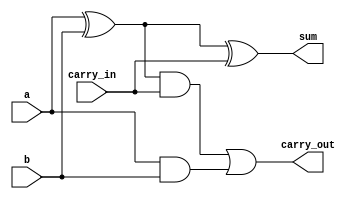
module full_adder_dataflow(
    input a,     // always wire
    input b,
	input carry_in,
    output sum,  // default wire but can be changed to reg
    output carry_out
    );
  
    // Declare nets to connect the half adders
    wire sum1;
    wire and1;
    wire and2;	
	
	// Implement the circuit using Dataflow style
    assign sum1 = a ^ b;
    assign and1 = sum1 & carry_in;
    assign and2 = a & b;
    
    assign sum  = sum1 ^ carry_in;
    assign carry_out  = and1 | and2;
  
endmodule